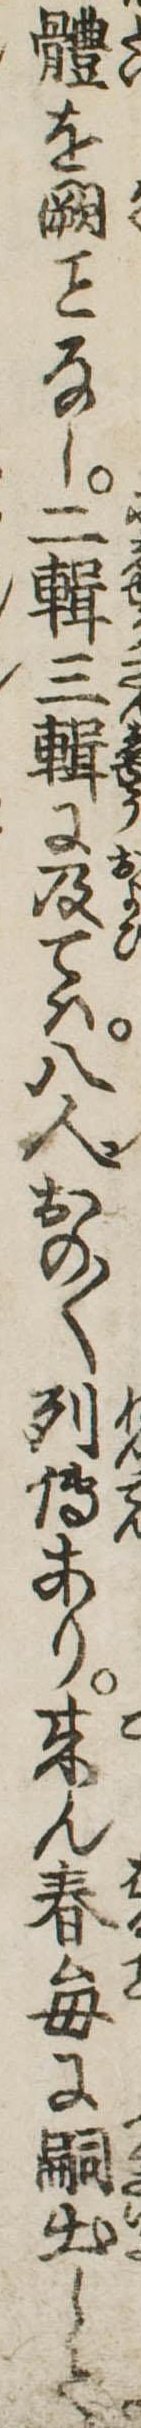
体を闕なし二輯三輯に及ては八人おの〱列伝あり来ん春毎に嗣出して